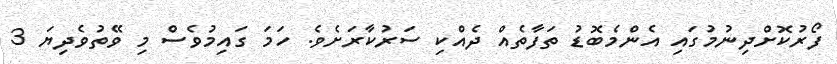
ފޯރުކޮށްދިނުމުގައި އެންމެބޮޑު ތަފާތެއް ދެއްކި ސަރުކާރަށެވެ. ހަމަ ގައިމުވެސް މި ވޭތުވެދިޔަ 3